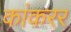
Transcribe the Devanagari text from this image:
कांकरर